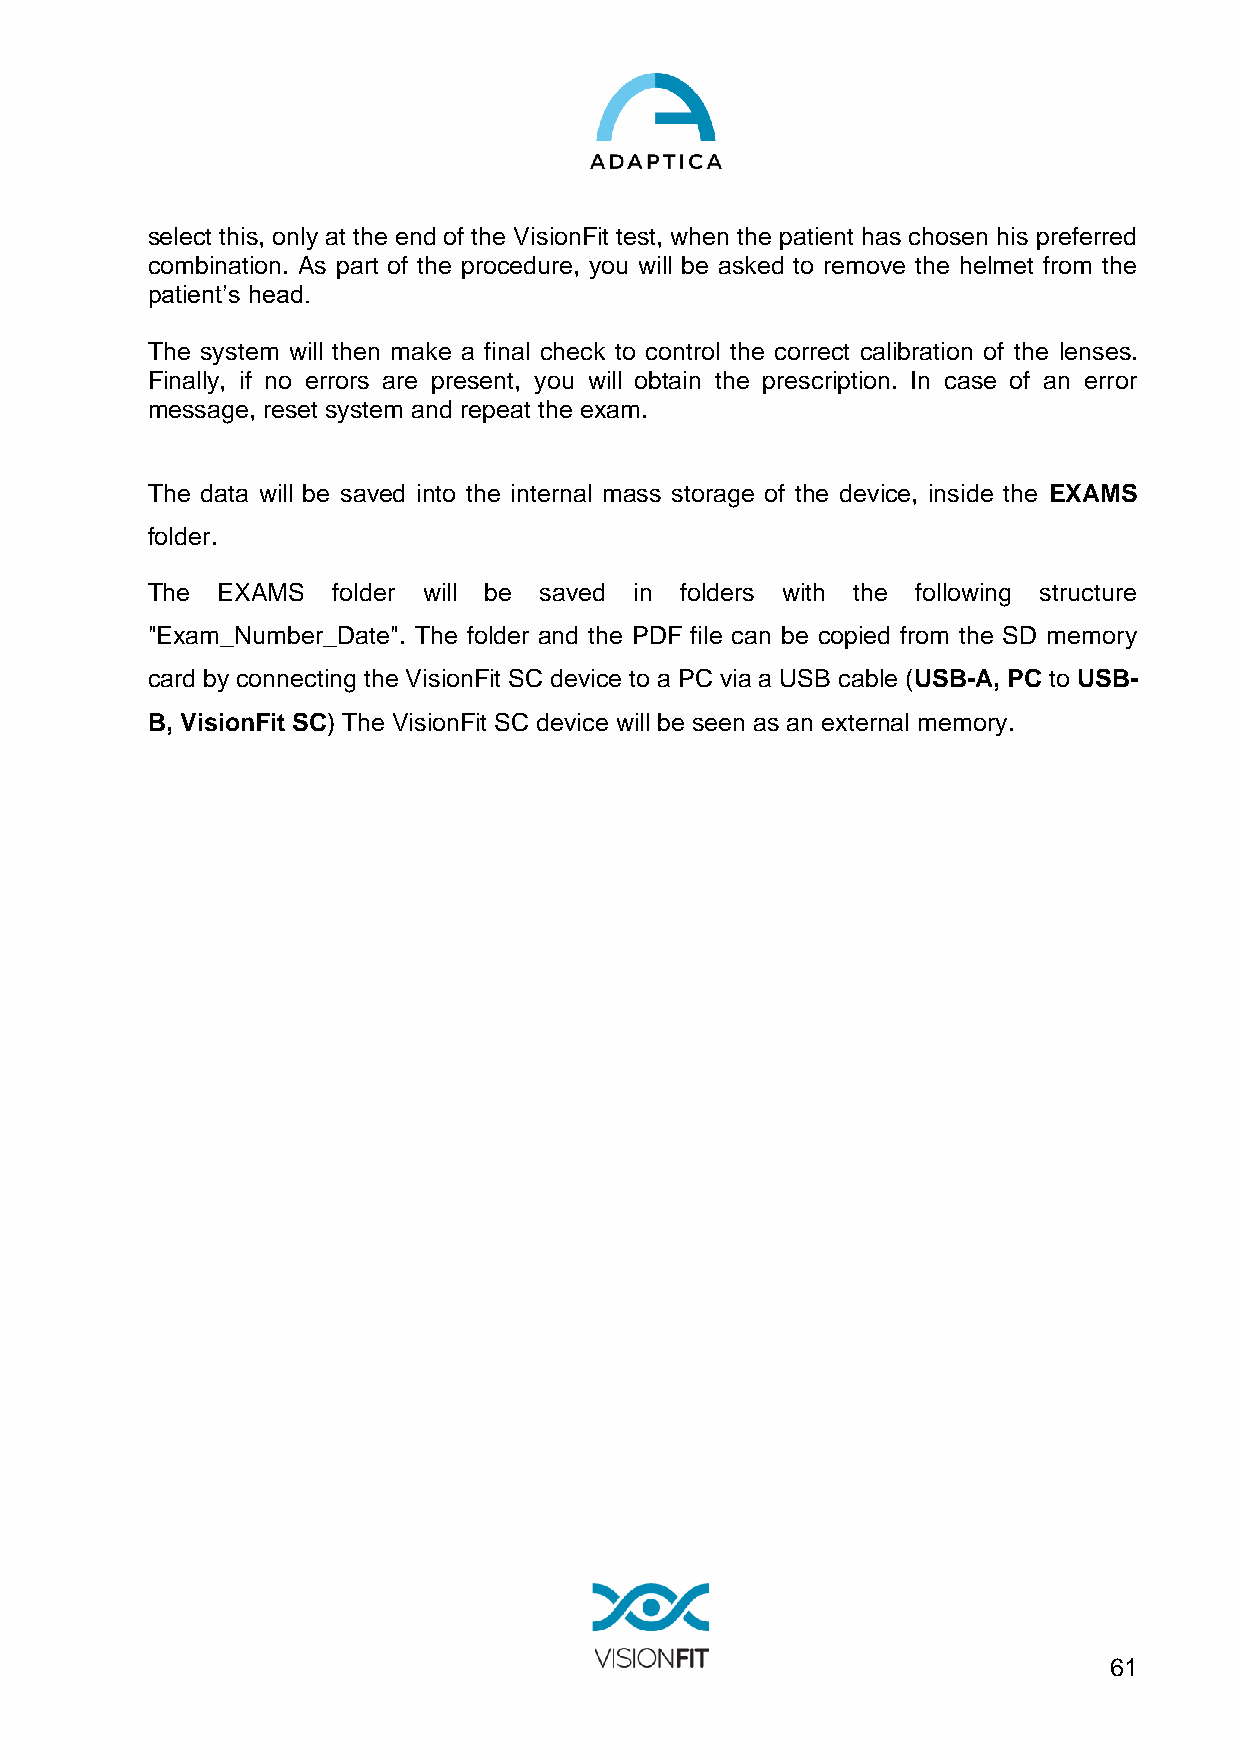
select this, only at the end of the VisionFit test, when the patient has chosen his preferred
 combination. As part of the procedure, you will be asked to remove the helmet from the
 patient’s head.
 The system will then make a final check to control the correct calibration of the lenses.
 Finally, if no errors are present, you will obtain the prescription. In case of an error
 message, reset system and repeat the exam.
 The data will be saved into the internal mass storage of the device, inside the EXAMS
 folder.
 The EXAMS   folder will be saved in folders with the following structure
 "Exam_Number_Date". The folder and the PDF file can be copied from the SD memory
 card by connecting the VisionFit SC device to a PC via a USB cable (USB-A, PC to USB-
 B, VisionFit SC) The VisionFit SC device will be seen as an external memory.
 61